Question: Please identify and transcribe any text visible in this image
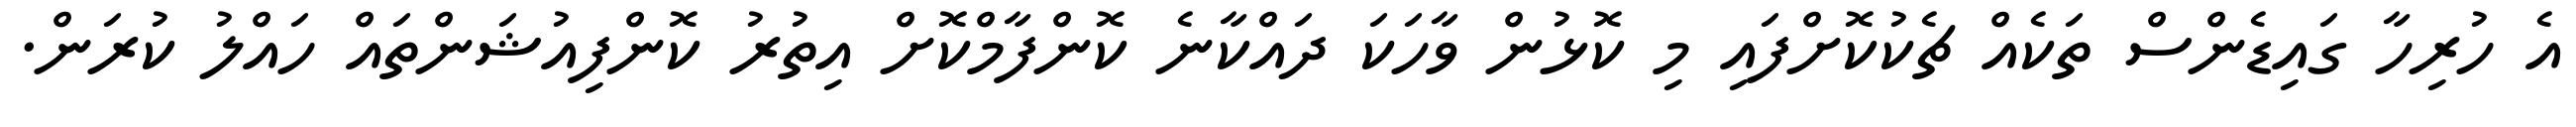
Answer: އެ ހުރިހާ ގައިޑެންސް ތަކެއް ޗެކުކޮށްފައި މި ކޮޅުން ވާހަކަ ދައްކާނެ ކޮންފާމްކޮށް އިތުރު ކޮންފިއުޝަންތައް ހައްލު ކުރަން.